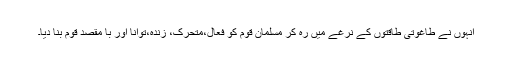
انہوں نے طاغوتی طاقتوں کے نرغے میں رہ کر مسلمان قوم کو فعال،متحرک، زندہ،توانا اور با مقصد قوم بنا دیا۔